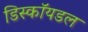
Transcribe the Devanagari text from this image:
डिस्कॉयडल